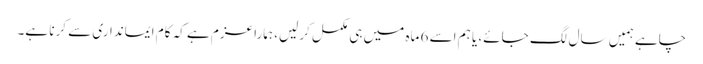
چاہے ہمیں سال لگ جائے، یا ہم اسے 6 ماہ میں ہی مکمل کرلیں، ہمارا عزم ہے کہ کام ایمانداری سے کرنا ہے۔